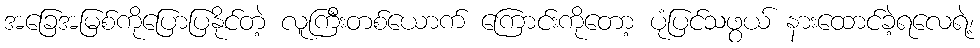
အခြေအမြစ်ကိုပြောပြနိုင်တဲ့ လူကြီးတစ်ယောက် ကြောင်းကိုတော့ ပုံပြင်သဖွယ် နားထောင်ခဲ့ရလေရဲ့၊